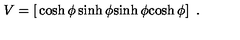
V = \left[ \begin{matrix} { \cosh \phi } & { \sinh \phi } \\ { \sinh \phi } & { \cosh \phi } \\ \end{matrix} \right] \ .